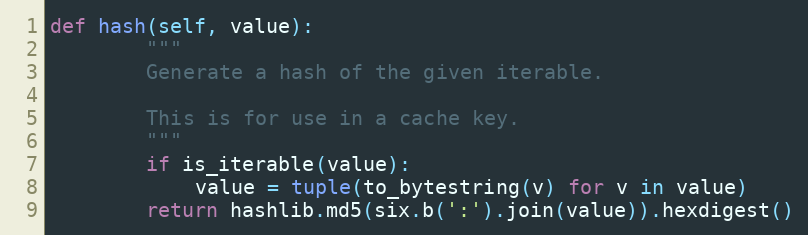
Language: Python
def hash(self, value):
        """
        Generate a hash of the given iterable.

        This is for use in a cache key.
        """
        if is_iterable(value):
            value = tuple(to_bytestring(v) for v in value)
        return hashlib.md5(six.b(':').join(value)).hexdigest()